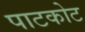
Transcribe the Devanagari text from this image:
पाटकोट